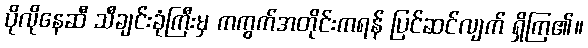
ပိုလိုနေဆီ သီချင်းခုံကြီးမှ ကကွက်အတိုင်းကရန် ပြင်ဆင်လျက် ရှိကြ၏။